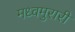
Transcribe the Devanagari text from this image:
मध्वमुरारी